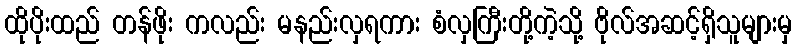
ထိုပိုးထည် တန်ဖိုး ကလည်း မနည်းလှရကား စံလှကြီးတို့ကဲ့သို့ ဗိုလ်အဆင့်ရှိသူများမှ